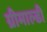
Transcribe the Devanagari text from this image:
ग्रीमाल्डी